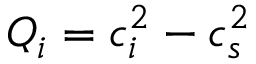
Q _ { i } = c _ { i } ^ { 2 } - c _ { s } ^ { 2 }